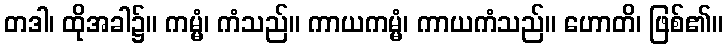
တဒါ၊ ထိုအခါ၌။ ကမ္မံ၊ ကံသည်။ ကာယကမ္မံ၊ ကာယကံသည်။ ဟောတိ၊ ဖြစ်၏။